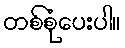
တစ်စုံပေးပါ။